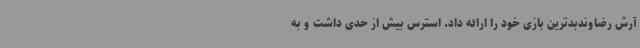
آرش رضاوندبدترین بازی خود را ارائه داد. استرس بیش از حدی داشت و به